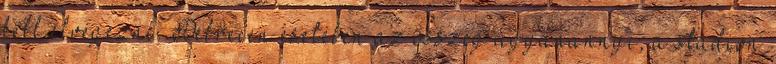
kell elvégezni. Debrecen esetében az összeg ugyanannyi, a stadion